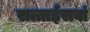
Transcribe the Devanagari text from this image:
सत्ताईसवां